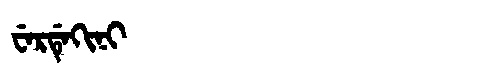
Manchu: ᠸᡝᡵᡩᡝᡴᡳᠨᡳ
Romanization: WERDEKINI